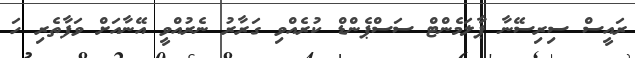
ރައީސް ސިރިސޭނާ ޕާލަމެންޓް ސަސްޕެންޑް ކުރެއްވި ގަރާރު ނެރުއްވީ އޭނާއަށް ވަފާތެރި ހަ